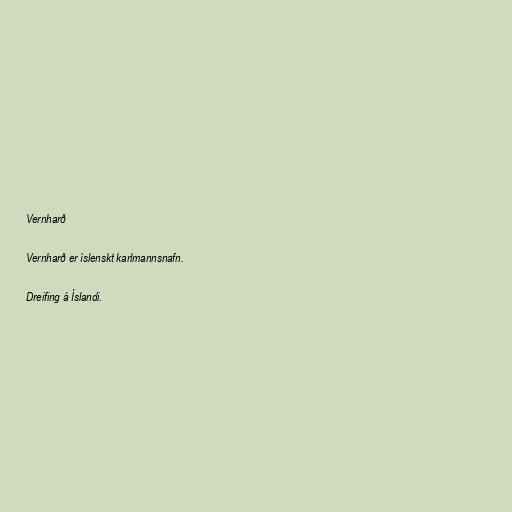
Vernharð

Vernharð er íslenskt karlmannsnafn.

Dreifing á Íslandi.